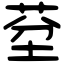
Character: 𦯀